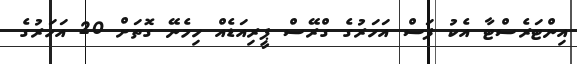
އިންޓަރެސްޓާ އެކު ފަސް އަހަރުގެ ގްރޭސް ޕީރިއަޑެއް ހިމެނޭ ގޮތަށް 20 އަހަރުގެ